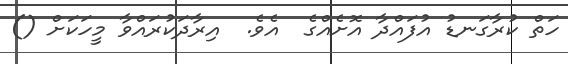
ހަތް ކުރާގަނޑު އުފައްދާ އޮށެއްގެ  އެވެ.  އިރާދަކުރައްވާ މީހަކަށް ()